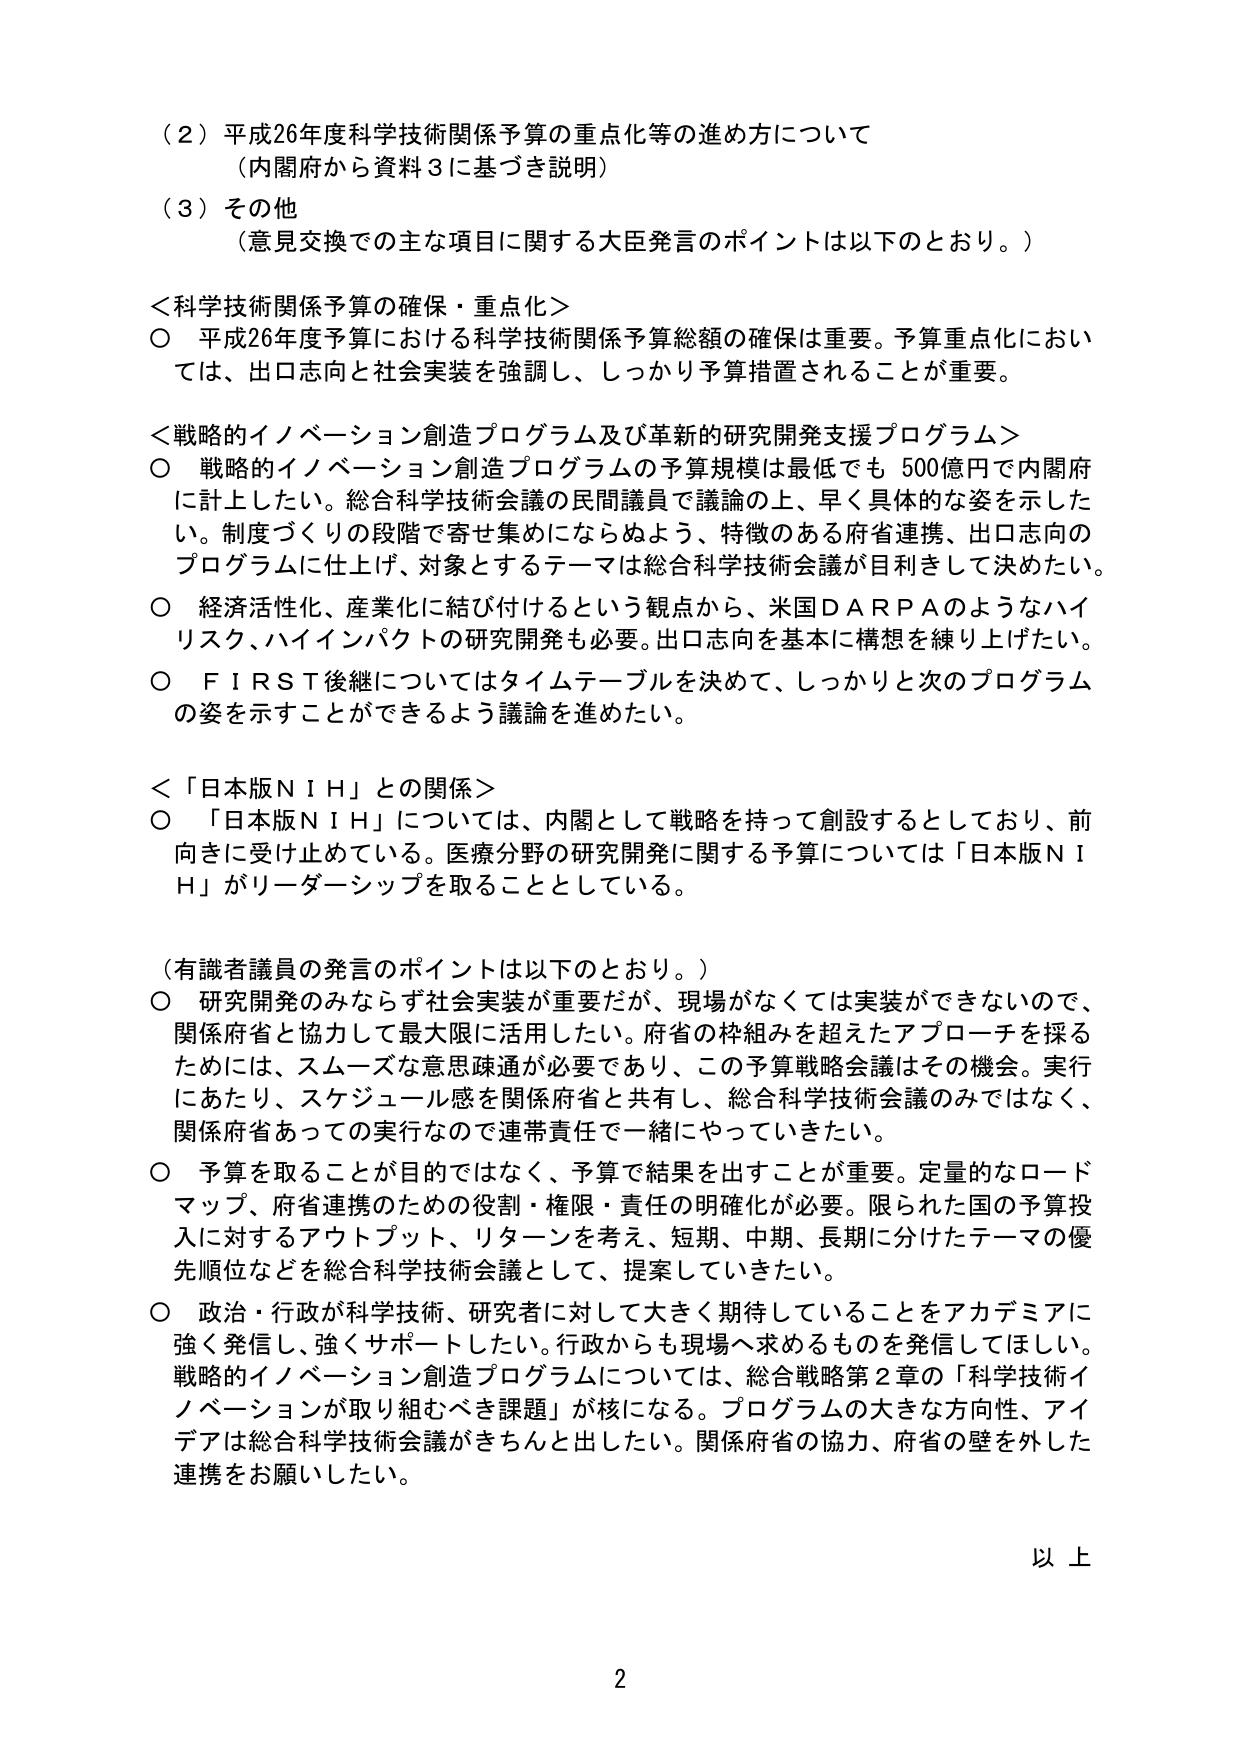
（２）平成26年度科学技術関係予算の重点化等の進め方について
（内閣府から資料３に基づき説明）

（３）その他
（意見交換での主な項目に関する大臣発言のポイントは以下のとおり。）

＜科学技術関係予算の確保・重点化＞
○ 平成26年度予算における科学技術関係予算総額の確保は重要。予算重点化においては、出口志向と社会実装を強調し、しっかり予算措置されることが重要。

＜戦略的イノベーション創造プログラム及び革新的研究開発支援プログラム＞
○ 戦略的イノベーション創造プログラムの予算規模は最低でも500億円で内閣府に計上したい。総合科学技術会議の民間議員で議論の上、早く具体的な姿を示したい。制度づくりの段階で寄せ集めにならぬよう、特徴のある府省連携、出口志向のプログラムに仕上げ、対象とするテーマは総合科学技術会議が目利きして決めたい。
○ 経済活性化、産業化に結び付けるという観点から、米国ＤＡＲＰＡのようなハイリスク、ハイインパクトの研究開発も必要。出口志向を基本に構想を練り上げたい。
○ ＦＩＲＳＴ後継についてはタイムテーブルを決めて、しっかりと次のプログラムの姿を示すことができるよう議論を進めたい。

＜「日本版ＮＩＨ」との関係＞
○ 「日本版ＮＩＨ」については、内閣として戦略を持って創設するとしており、前向きに受け止めている。医療分野の研究開発に関する予算については「日本版ＮＩＨ」がリーダーシップを取ることとしている。

（有識者議員の発言のポイントは以下のとおり。）
○ 研究開発のみならず社会実装が重要だが、現場がなくては実装ができないので、関係府省と協力して最大限に活用したい。府省の枠組みを超えたアプローチを採るためには、スムーズな意思疎通が必要であり、この予算戦略会議はその機会。実行にあたり、スケジュール感を関係府省と共有し、総合科学技術会議のみではなく、関係府省あっての実行なので連帯責任で一緒にやっていきたい。
○ 予算を取ることが目的ではなく、予算で結果を出すことが重要。定量的なロードマップ、府省連携のための役割・権限・責任の明確化が必要。限られた国の予算投入に対するアウトプット、リターンを考え、短期、中期、長期に分けたテーマの優先順位などを総合科学技術会議として、提案していきたい。
○ 政治・行政が科学技術、研究者に対して大きく期待していることをアカデミアに強く発信し、強くサポートしたい。行政からも現場へ求めるものを発信してほしい。戦略的イノベーション創造プログラムについては、総合戦略第2章の「科学技術イノベーションが取り組むべき課題」が核になる。プログラムの大きな方向性、アイデアは総合科学技術会議がきちんと出したい。関係府省の協力、府省の壁を外した連携をお願いしたい。

以上

2